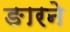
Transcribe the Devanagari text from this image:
ङारने